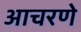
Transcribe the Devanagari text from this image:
आचरणे